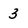
Character: 3